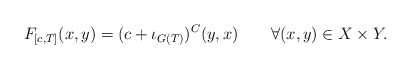
\begin{align*}F_{[c,T]}(x,y)=(c+\iota_{G(T)})^C(y,x)\ \ \ \ \ \ \forall(x,y)\in X\times Y.\end{align*}